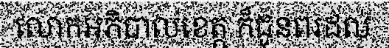
លោកអភិបាលខេត្ត ក៏ជូនពរដល់